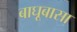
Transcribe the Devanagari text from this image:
बाघूबासा